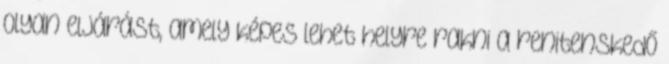
olyan eljárást, amely képes lehet helyre rakni a renitenskedő